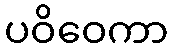
ပဝိဝေကာ